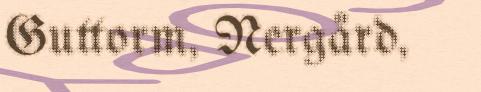
Guttorm, Nergård,